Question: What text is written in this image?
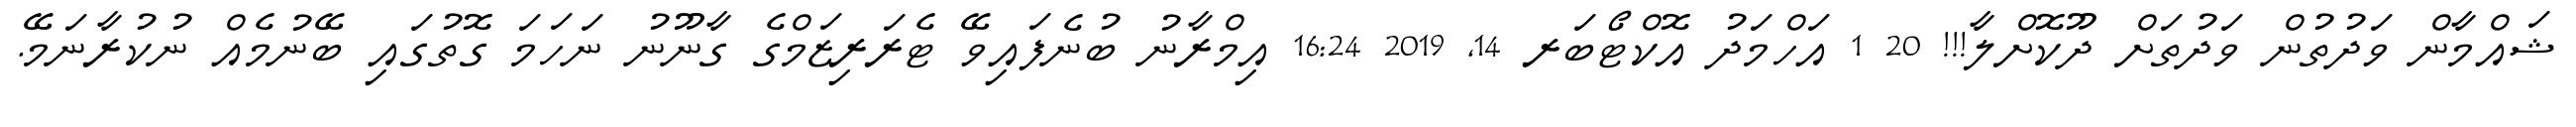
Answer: ޝައްމާން ވަދުތުން ވަދުތަށް ދޫކޮށްލާ!!! 20 1 އަހްމަދު އޮކްޓޯބަރ 14, 2019 16:24 އިމްރާނު ބުނެފައިވޭ ޓެރަރިޒަމްގެ ގާނޫނު ނަހަމަ ގޮތުގައި ބޭނުމެއް ނުކުރާނަމޭ.